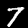
Label: 7